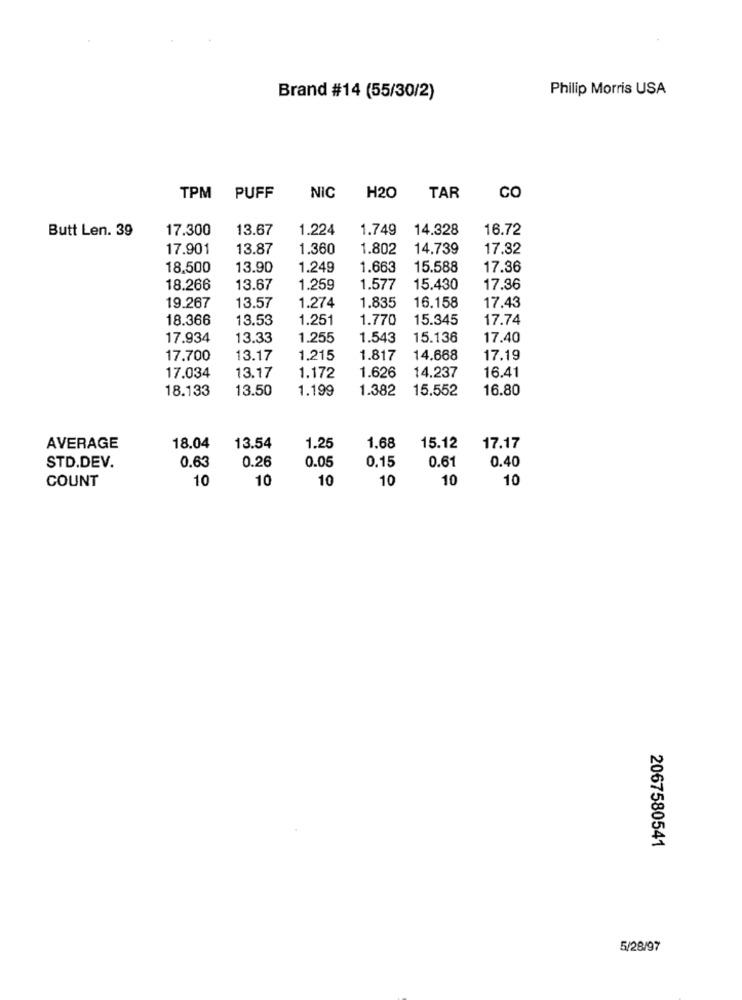
Philip Morris USA
Brand #14 (55/30/2)
TPM PUFF
NIC
H20
TAR
CO
Butt Len. 39
17.300
13.67
1.224
1.749
14.328
16.72
17.901
13.87
1.360
1.802
14.739
17.32
18,500
13.90
1.249
1.663
15.588
17.36
18.266
13.67
1.259
1.577
15.430
17.36
1.274
1.835
19.267
13.57
16.158
17.43
18.366
13.53
1.251
1.770
15.345
17.74
17.934
13.33
1.255
1.543
15.136
17.40
17.700
13.17
1.215
1.817
14.668
17.19
1.626
14.237
16.41
17.034
13.17
1.172
18.133
13.50
1.199
1.382
15.552
16.80
AVERAGE
18.04
13.54
1.25
1.68
15.12
17.17
0.63
0.26
0.15
0.40
STD.DEV.
0.05
0.61
COUNT
10
10
10
10
10
10
2067580541
5/28/97